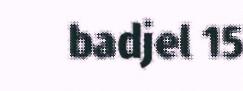
badjel 15